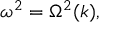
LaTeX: \omega ^ { 2 } = \Omega ^ { 2 } ( k ) ,